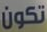
تكون